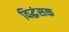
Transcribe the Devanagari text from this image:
विद्धंसक